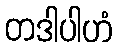
တဒါပါဟံ